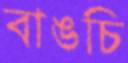
বাঙচি